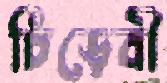
চিড়েবী